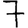
Digit: 7